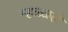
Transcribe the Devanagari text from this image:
म्हळ्ळले